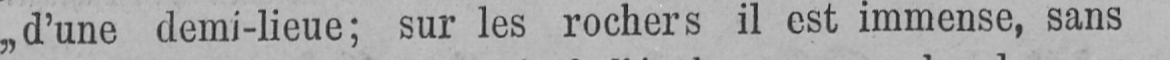
„d’une demi-lieue; sur les rochers il est immense, sans